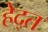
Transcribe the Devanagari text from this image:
हेद्त